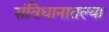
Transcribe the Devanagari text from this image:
संविधानातल्या